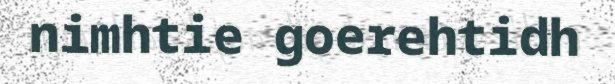
nimhtie goerehtidh